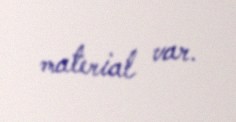
material var.